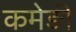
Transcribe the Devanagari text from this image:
कमेङी